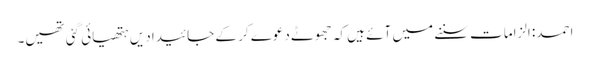
احمد: الزامات سننے میں آئے ہیں کہ جھوٹے دعوے کر کے جائیدادیں ہتھیائی گئی تھیں۔